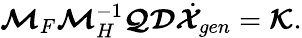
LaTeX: \boldsymbol{\mathcal{M}}_{F}\boldsymbol{\mathcal{M}}_{H}^{-1}\boldsymbol{\mathcal{Q}}\boldsymbol{\mathcal{D}}\dot{\boldsymbol{\mathcal{X}}}_{gen}=\boldsymbol{\mathcal{K}}.